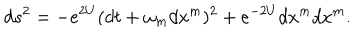
LaTeX: d s ^ { 2 } = - e ^ { 2 U } ( d t + \omega _ { m } d x ^ { m } ) ^ { 2 } + e ^ { - 2 U } d x ^ { m } d x ^ { m } .